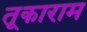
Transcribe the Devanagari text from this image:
तूकाराम